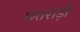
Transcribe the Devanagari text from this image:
छतराड़ी